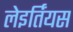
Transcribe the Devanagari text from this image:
लेइर्तिंयस